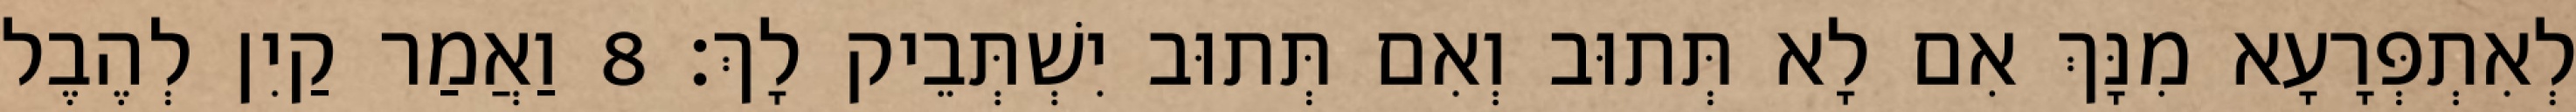
לְאִתְפְּרָעָא מִנָּךְ אִם לָא תְּתוּב וְאִם תְּתוּב יִשְׁתְּבֵיק לָךְ׃ 8 וַאֲמַר קַיִן לְהֶבֶל